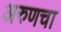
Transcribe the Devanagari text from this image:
अरुणचा